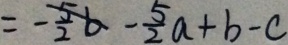
= - \frac { 5 } { 2 } b - \frac { 5 } { 2 } a + b - c